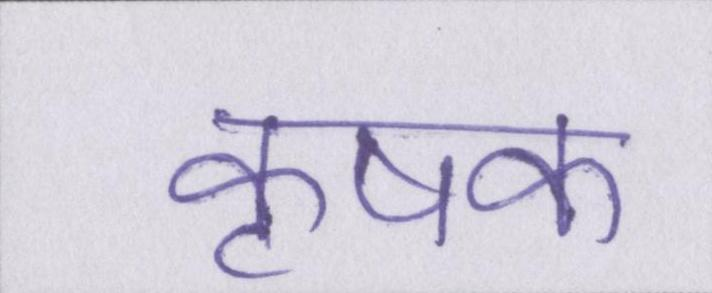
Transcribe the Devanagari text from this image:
कृषक